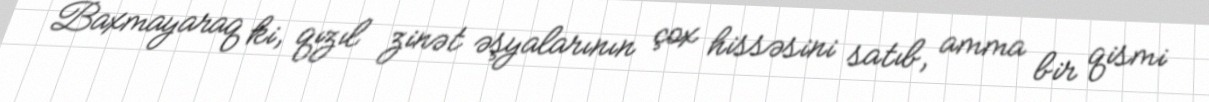
Baxmayaraq ki, qızıl zinət əşyalarının çox hissəsini satıb, amma bir qismi